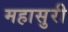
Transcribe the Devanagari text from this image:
महासुरी